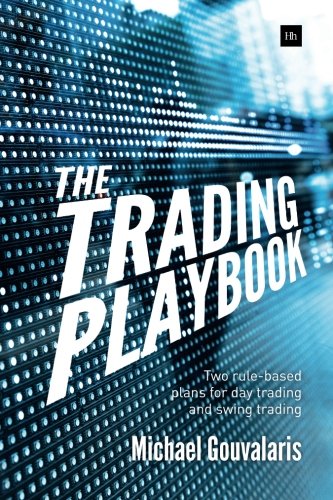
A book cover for The Trading Playbook: Two rule-based plans for day trading and swing trading; Michael Gouvalaris; Business & Money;